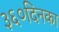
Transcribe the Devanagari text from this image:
३६०दिनका